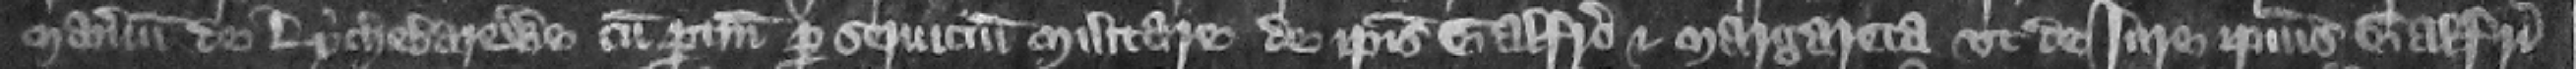
manerium de Lychbarewe cum pertinenciis per seruicium militare de ipsis Galfrido et Margareta vt de iure ipsius Galfridi